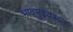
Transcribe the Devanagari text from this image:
भावमुद्रेवरून